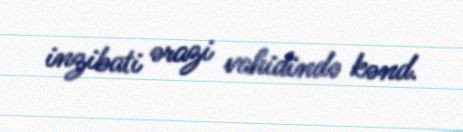
inzibati ərazi vahidində kənd.